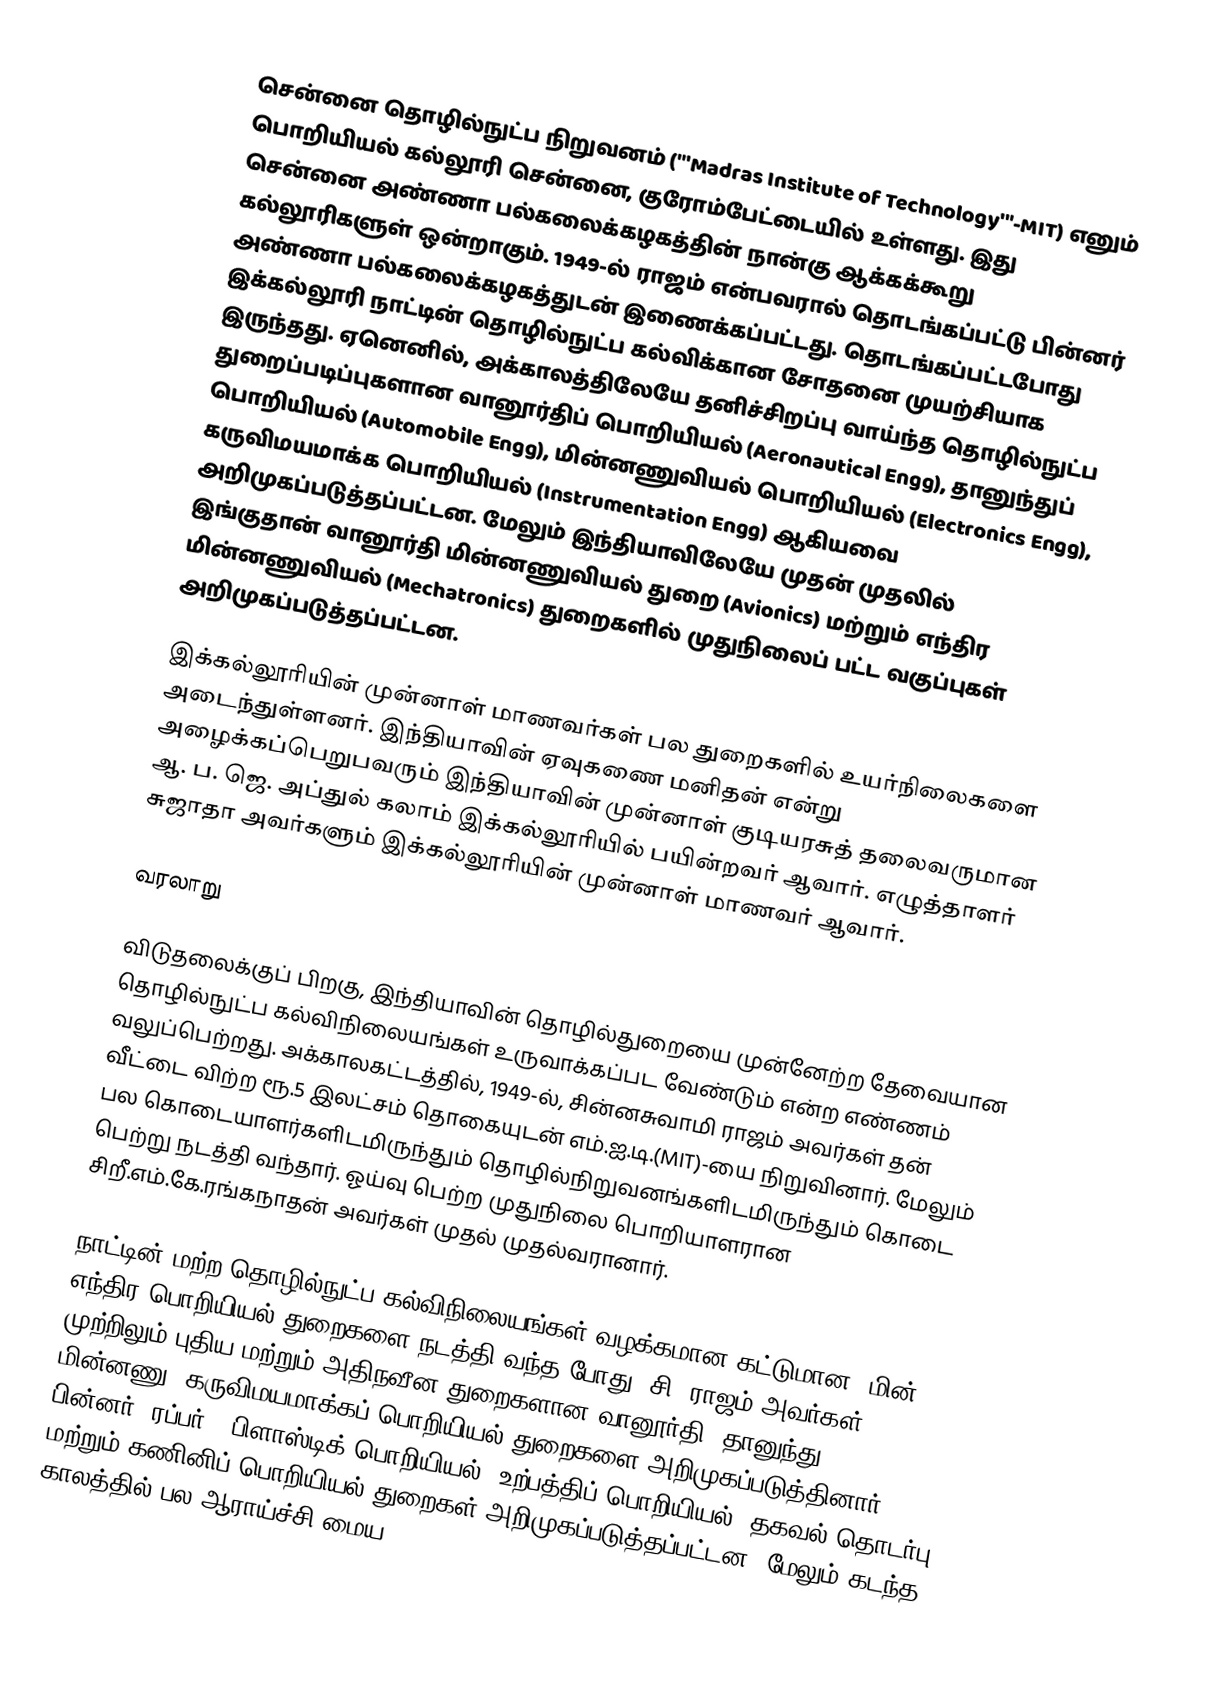
சென்னை தொழில்நுட்ப நிறுவனம் ("'Madras Institute of Technology'"-MIT) எனும் பொறியியல் கல்லூரி சென்னை, குரோம்பேட்டையில் உள்ளது. இது சென்னை அண்ணா பல்கலைக்கழகத்தின் நான்கு ஆக்கக்கூறு கல்லூரிகளுள் ஒன்றாகும். 1949-ல் ராஜம் என்பவரால் தொடங்கப்பட்டு பின்னர் அண்ணா பல்கலைக்கழகத்துடன் இணைக்கப்பட்டது. தொடங்கப்பட்டபோது இக்கல்லூரி நாட்டின் தொழில்நுட்ப கல்விக்கான சோதனை முயற்சியாக இருந்தது. ஏனெனில், அக்காலத்திலேயே தனிச்சிறப்பு வாய்ந்த தொழில்நுட்ப துறைப்படிப்புகளான வானூர்திப் பொறியியல் (Aeronautical Engg), தானுந்துப் பொறியியல் (Automobile Engg), மின்னணுவியல் பொறியியல் (Electronics Engg), கருவிமயமாக்க பொறியியல் (Instrumentation Engg) ஆகியவை அறிமுகப்படுத்தப்பட்டன. மேலும் இந்தியாவிலேயே முதன் முதலில் இங்குதான் வானூர்தி மின்னணுவியல் துறை (Avionics) மற்றும் எந்திர மின்னணுவியல் (Mechatronics) துறைகளில் முதுநிலைப் பட்ட வகுப்புகள் அறிமுகப்படுத்தப்பட்டன.

இக்கல்லூரியின் முன்னாள் மாணவர்கள் பல துறைகளில் உயர்நிலைகளை அடைந்துள்ளனர். இந்தியாவின் ஏவுகணை மனிதன் என்று அழைக்கப்பெறுபவரும் இந்தியாவின் முன்னாள் குடியரசுத் தலைவருமான ஆ. ப. ஜெ. அப்துல் கலாம் இக்கல்லூரியில் பயின்றவர் ஆவார். எழுத்தாளர் சுஜாதா அவர்களும் இக்கல்லூரியின் முன்னாள் மாணவர் ஆவார்.

வரலாறு

விடுதலைக்குப் பிறகு, இந்தியாவின் தொழில்துறையை முன்னேற்ற தேவையான தொழில்நுட்ப கல்விநிலையங்கள் உருவாக்கப்பட வேண்டும் என்ற எண்ணம் வலுப்பெற்றது. அக்காலகட்டத்தில், 1949-ல், சின்னசுவாமி ராஜம் அவர்கள் தன் வீட்டை விற்ற ரூ.5 இலட்சம் தொகையுடன் எம்.ஐ.டி.(MIT)-யை நிறுவினார். மேலும் பல கொடையாளர்களிடமிருந்தும் தொழில்நிறுவனங்களிடமிருந்தும் கொடை பெற்று நடத்தி வந்தார். ஓய்வு பெற்ற முதுநிலை பொறியாளரான சிறீ.எம்.கே.ரங்கநாதன் அவர்கள் முதல் முதல்வரானார்.

நாட்டின் மற்ற தொழில்நுட்ப கல்விநிலையங்கள் வழக்கமான கட்டுமான, மின், எந்திர பொறியியல் துறைகளை நடத்தி வந்த போது, சி. ராஜம் அவர்கள் முற்றிலும் புதிய மற்றும் அதிநவீன துறைகளான வானூர்தி, தானுந்து, மின்னணு, கருவிமயமாக்கப் பொறியியல் துறைகளை அறிமுகப்படுத்தினார். பின்னர், ரப்பர் & பிளாஸ்டிக் பொறியியல், உற்பத்திப் பொறியியல், தகவல் தொடர்பு மற்றும் கணினிப் பொறியியல் துறைகள் அறிமுகப்படுத்தப்பட்டன. மேலும் கடந்த காலத்தில் பல ஆராய்ச்சி மைய